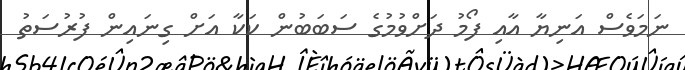
ނަމަވެސް އަނިޔާ އާއި ފޯމު ދަށްވުމުގެ ސަބަބުން ކަކާ އަށް ގިނައިން ފުރުސަތު